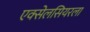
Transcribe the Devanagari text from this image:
एक्सेलसियरला